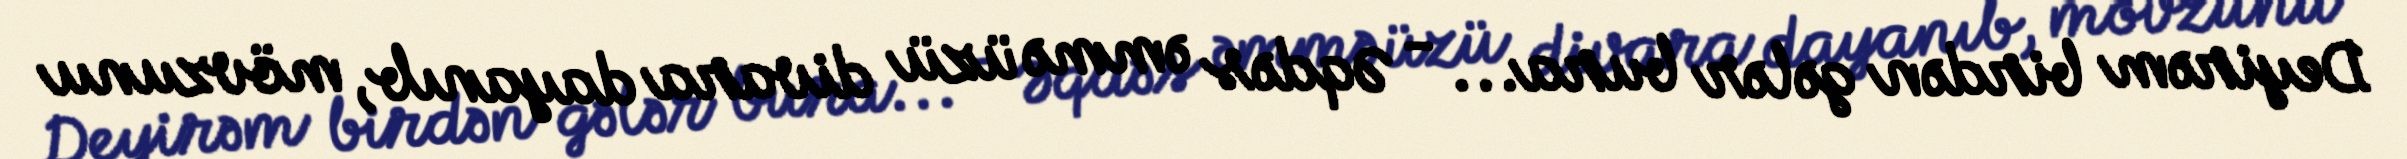
Deyirəm birdən gələr bura... - Əqdəs əmmə üzü divara dayanıb, mövzunu